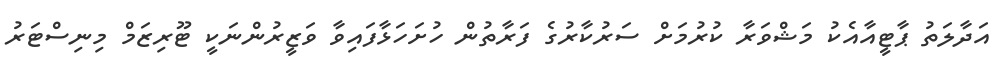
އަދާލަތު ޕާޓީއާއެކު މަޝްވަރާ ކުރުމަށް ސަރުކާރުގެ ފަރާތުން ހުށަހަޅާފައިވާ ވަޒީރުންނަކީ ޓޫރިޒަމް މިނިސްޓަރު